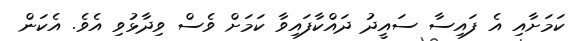
ކަމަށާއި އެ ފައިސާ ސައީދު ދައްކާފައިވާ ކަމަށް ވެސް ވިދާޅުވި އެވެ. އެކަން